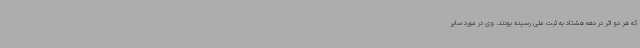
که هر دو اثر در دهه هشتاد به ثبت ملی رسیده بودند. وی در مورد سایر